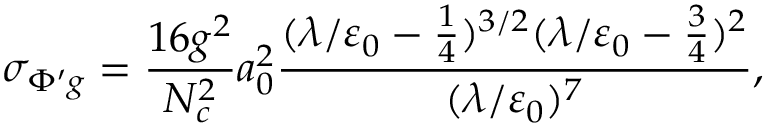
\sigma _ { \Phi ^ { \prime } g } = \frac { 1 6 g ^ { 2 } } { N _ { c } ^ { 2 } } a _ { 0 } ^ { 2 } \frac { ( \lambda / \varepsilon _ { 0 } - \textstyle \frac 1 4 ) ^ { 3 / 2 } ( \lambda / \varepsilon _ { 0 } - \textstyle \frac 3 4 ) ^ { 2 } } { ( \lambda / \varepsilon _ { 0 } ) ^ { 7 } } ,